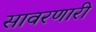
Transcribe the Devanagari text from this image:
सावरणारी